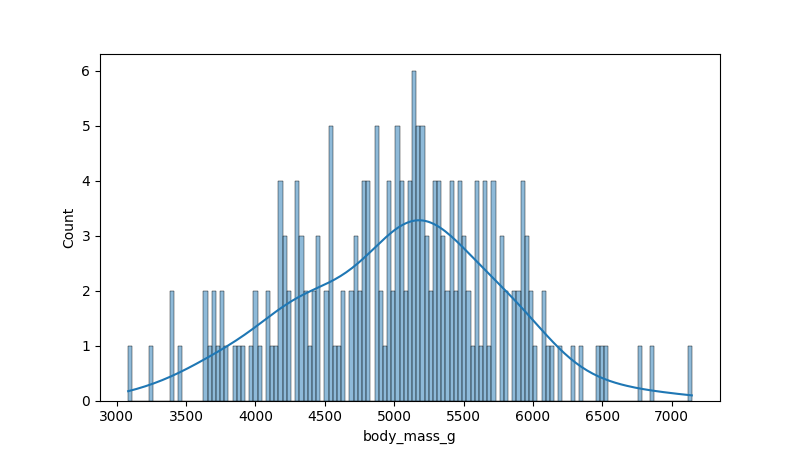
python, seaborn, histplot, hue='all', binwidth=30, bins='20', element='bars'